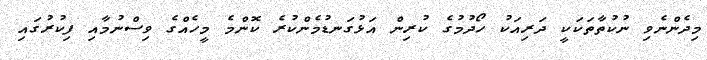
މިދެންނެވި ނުކުތާތަކަކީ ދަރިއަކު ހޯދުމުގެ ކުރިން އަޅުގަނޑުމެންކުރެ ކޮންމެ މީހެއްގެ ވިސްނުމާއި ފިކުރުގައި